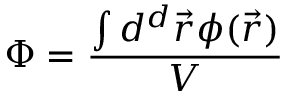
\Phi = \frac { \int d ^ { d } \vec { r } \phi ( \vec { r } ) } { V }